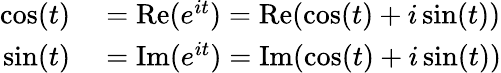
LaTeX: \begin{array}{rl}{\cos(t)}&{{}=\operatorname{Re}(e^{it})=\operatorname{Re}(\cos(t)+i\sin(t))}\\ {\sin(t)}&{{}=\operatorname{Im}(e^{it})=\operatorname{Im}(\cos(t)+i\sin(t))}\end{array}